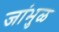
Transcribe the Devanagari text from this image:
जांभुळ